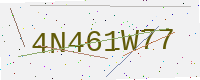
Text: 4N461W77